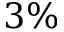
3 \%